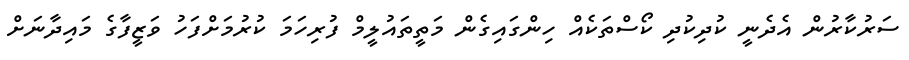
ސަރުކާރުން އެދެނީ ކުދިކުދި ކޯސްތަކެއް ހިންގައިގެން މަތީތައުލީމް ފުރިހަމަ ކުރުމަށްފަހު ވަޒީފާގެ މައިދާނަށް